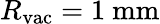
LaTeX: R_{\mathrm{vac}}=1~\mathrm{mm}